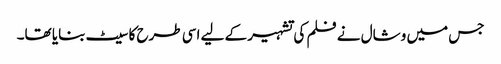
جس میں وشال نے فلم کی تشہیر کے لیے اسی طرح کا سیٹ بنایا تھا۔